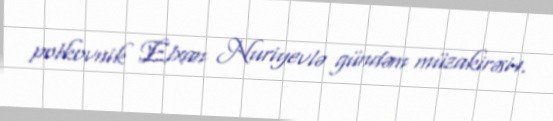
polkovnik Elxan Nuriyevlə gündəm müzakirəsi4.